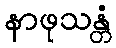
နာဖုသန္တံ